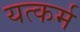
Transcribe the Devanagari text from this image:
यत्कर्म